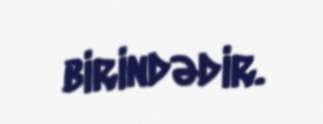
birindədir.